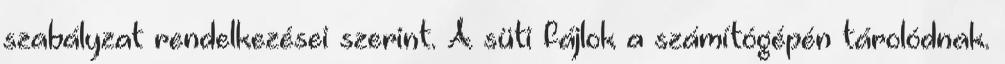
szabályzat rendelkezései szerint. A süti fájlok a számítógépén tárolódnak.